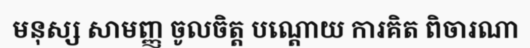
មនុស្ស សាមញ្ញ ចូលចិត្ត បណ្តោយ ការគិត ពិចារណា